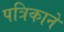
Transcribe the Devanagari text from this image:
पत्रिकाने